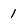
Character: 1